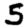
Digit: 5